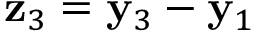
{ \bf z } _ { 3 } = { \bf y } _ { 3 } - { \bf y } _ { 1 }